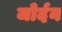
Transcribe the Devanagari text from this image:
जोर्दन